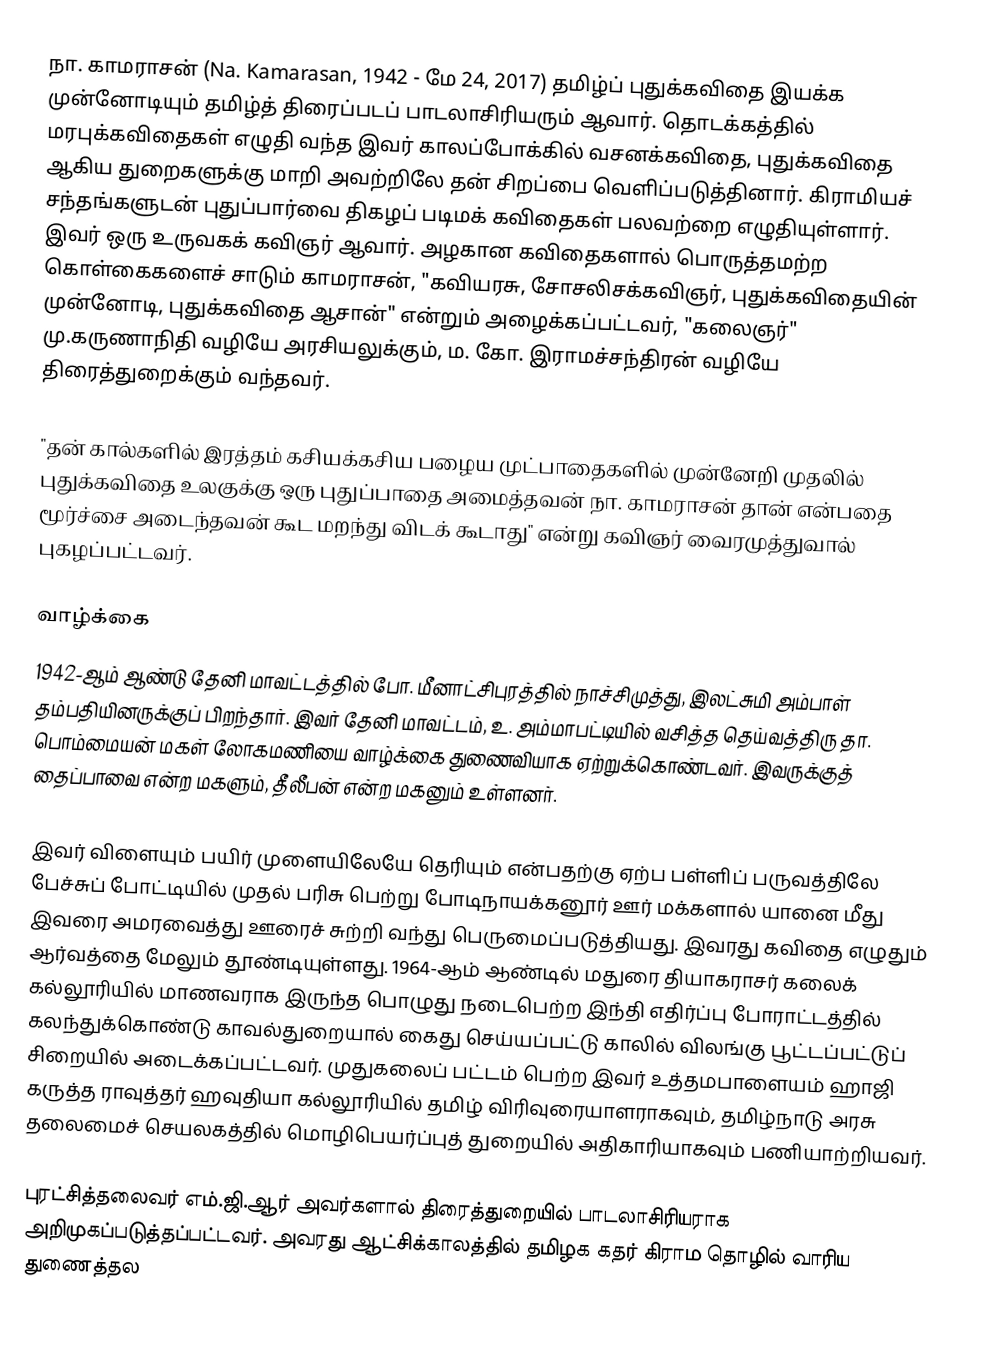
நா. காமராசன் (Na. Kamarasan, 1942 - மே 24, 2017) தமிழ்ப் புதுக்கவிதை இயக்க முன்னோடியும் தமிழ்த் திரைப்படப் பாடலாசிரியரும் ஆவார். தொடக்கத்தில் மரபுக்கவிதைகள் எழுதி வந்த இவர் காலப்போக்கில் வசனக்கவிதை, புதுக்கவிதை ஆகிய துறைகளுக்கு மாறி அவற்றிலே தன் சிறப்பை வெளிப்படுத்தினார். கிராமியச் சந்தங்களுடன் புதுப்பார்வை திகழப் படிமக் கவிதைகள் பலவற்றை எழுதியுள்ளார். இவர் ஒரு உருவகக் கவிஞர் ஆவார். அழகான கவிதைகளால் பொருத்தமற்ற கொள்கைகளைச் சாடும் காமராசன், "கவியரசு, சோசலிசக்கவிஞர், புதுக்கவிதையின் முன்னோடி, புதுக்கவிதை ஆசான்" என்றும் அழைக்கப்பட்டவர், "கலைஞர்" மு.கருணாநிதி வழியே அரசியலுக்கும், ம. கோ. இராமச்சந்திரன் வழியே திரைத்துறைக்கும் வந்தவர்.

"தன் கால்களில் இரத்தம் கசியக்கசிய பழைய முட்பாதைகளில் முன்னேறி முதலில் புதுக்கவிதை உலகுக்கு ஒரு புதுப்பாதை அமைத்தவன் நா. காமராசன் தான் என்பதை மூர்ச்சை அடைந்தவன் கூட மறந்து விடக் கூடாது" என்று கவிஞர் வைரமுத்துவால் புகழப்பட்டவர்.

வாழ்க்கை
1942-ஆம் ஆண்டு  தேனி மாவட்டத்தில் போ. மீனாட்சிபுரத்தில் நாச்சிமுத்து, இலட்சுமி அம்பாள் தம்பதியினருக்குப் பிறந்தார். இவர் தேனி மாவட்டம், உ. அம்மாபட்டியில் வசித்த தெய்வத்திரு தா. பொம்மையன்  மகள் லோகமணியை வாழ்க்கை துணைவியாக ஏற்றுக்கொண்டவர். இவருக்குத் தைப்பாவை என்ற மகளும், தீலீபன் என்ற மகனும் உள்ளனர்.

இவர் விளையும் பயிர் முளையிலேயே தெரியும் என்பதற்கு ஏற்ப பள்ளிப் பருவத்திலே பேச்சுப் போட்டியில் முதல் பரிசு பெற்று போடிநாயக்கனூர் ஊர் மக்களால் யானை மீது இவரை அமரவைத்து ஊரைச் சுற்றி வந்து பெருமைப்படுத்தியது. இவரது கவிதை எழுதும் ஆர்வத்தை மேலும் தூண்டியுள்ளது. 1964-ஆம் ஆண்டில் மதுரை தியாகராசர் கலைக் கல்லூரியில் மாணவராக இருந்த பொழுது நடைபெற்ற இந்தி எதிர்ப்பு போராட்டத்தில் கலந்துக்கொண்டு காவல்துறையால் கைது செய்யப்பட்டு காலில் விலங்கு பூட்டப்பட்டுப் சிறையில் அடைக்கப்பட்டவர். முதுகலைப் பட்டம் பெற்ற இவர் உத்தமபாளையம் ஹாஜி கருத்த ராவுத்தர் ஹவுதியா கல்லூரியில் தமிழ் விரிவுரையாளராகவும், தமிழ்நாடு அரசு தலைமைச் செயலகத்தில் மொழிபெயர்ப்புத் துறையில் அதிகாரியாகவும் பணியாற்றியவர்.

புரட்சித்தலைவர் எம்.ஜி.ஆர் அவர்களால் திரைத்துறையில் பாடலாசிரியராக அறிமுகப்படுத்தப்பட்டவர். அவரது ஆட்சிக்காலத்தில் தமிழக கதர் கிராம தொழில் வாரிய துணைத்தல